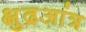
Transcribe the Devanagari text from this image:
क्षुद्रआंत्र